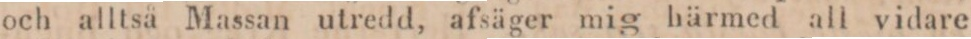
och alltså Massan utredd, afsäger mig härmed all vidare